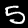
Digit: 5